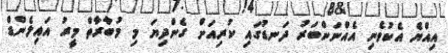
އިއްޔެ އެކުވެނި އެއްނަންބަރު ދަނޑުގައި ކުރިއަށް ގެންދިޔަ މި މުބާރާތް މީރު އައިލެންޑް